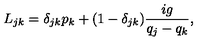
L _ { j k } = \delta _ { j k } p _ { k } + ( 1 - \delta _ { j k } ) \frac { i g } { q _ { j } - q _ { k } } ,